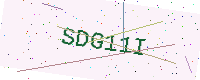
Text: SDG11I